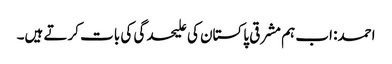
احمد: اب ہم مشرقی پاکستان کی علیحدگی کی بات کرتے ہیں۔